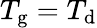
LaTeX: T_{\mathrm{g}}=T_{\mathrm{d}}